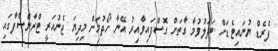
ފްރެޑް ޔުނައިޓެޑަށް ބަދަލުވުމާ ގާތަށް ގޮސްފައިވާއިރު އޭނާ ހޯދުމަށް މިދިޔަ ޖެނުއަރީ ޓްރާންސްފާގައި